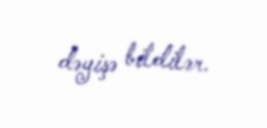
dəyişə bildilər.